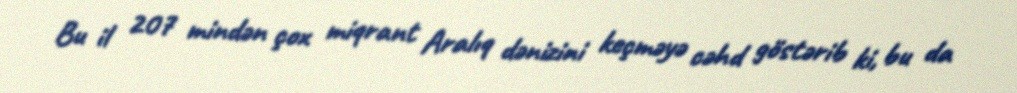
Bu il 207 mindən çox miqrant Aralıq dənizini keçməyə cəhd göstərib ki, bu da